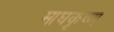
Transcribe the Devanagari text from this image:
माघकृष्ण